Scottish Education Department, 1920
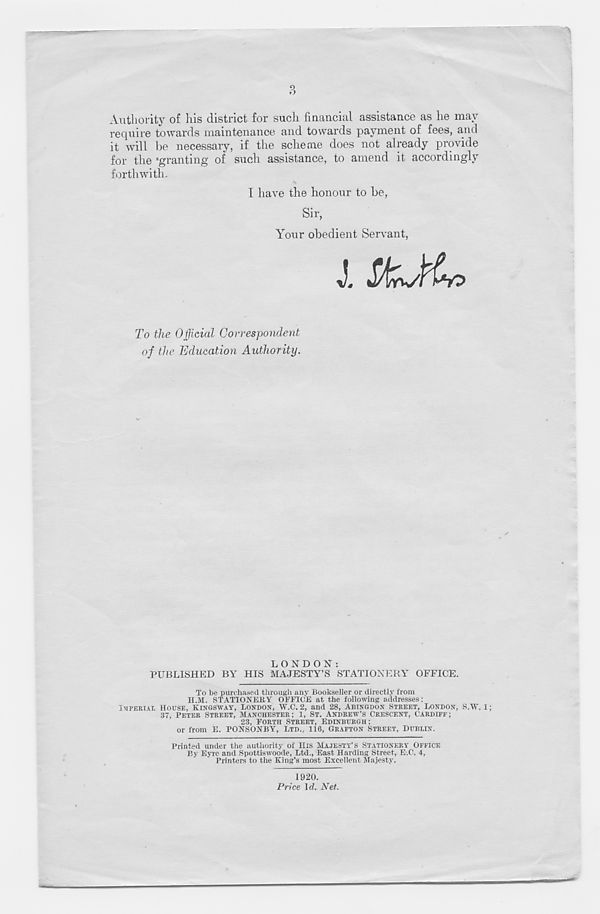
3
Authority of his district for such financial assistance as he may
require towards maintenance and towards payment of fees, and
it will be necessary, if the scheme does not already provide
for the 'granting of such assistance, to amend it accordingly
forthwith.
I have the honour to be,
Sir,
Your obedient Servant,
To the Official Correspondent
of the Education Authority.
LONDON:
PUBLISHED BY HIS MAJESTY’S STATIONERY OFFICE.
To be purchased through any Bookseller or directly from
H.M. STATIONERY OFFICE at the following addresses:
IMPERIAL HOUSE, KINGSWAY, LONDON, W.C. 2, and 28, ABINGDON STREET, LONDON, S.W. 1;
37, PETER STREET, MANCHESTER; 1, ST. ANDREW’S CRESCENT, CARDIFF;
23, FORTH STREET, EDINBURGH:
or from E. PONSONBY, LTD., 116, GRAFTON STREET, DUBLIN.
Printed under the authority of His MAJESTY’S STATIONERY OFFICE
By Eyre and Spottiswoode, Ltd., East Harding Street, E.C. 4,
Printers to the King’s most Excellent Majesty.
1920.
Price Id. Net.